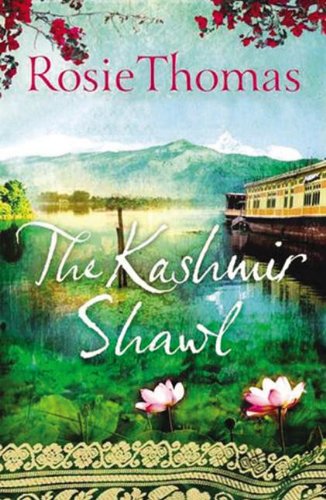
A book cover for The Kashmir Shawl: A Novel; Rosie Thomas; Literature & Fiction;